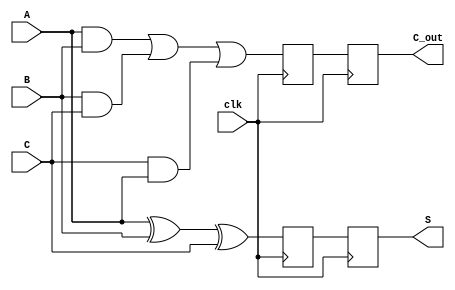
module Dynamic_Carry_Save_Adder (
    input wire [N-1:0] A,  // N-bit Input A
    input wire [N-1:0] B,  // N-bit Input B
    input wire [N-1:0] C,  // N-bit Input C
    input wire clk,        // Clock signal
    output reg [N-1:0] S,  // Sum output
    output reg [N-1:0] C_out // Carry output
);
    parameter N = 8; // Width of the inputs and outputs

    // Internal wires for dynamic logic
    wire [N-1:0] precharge_S;
    wire [N-1:0] precharge_C;

    // Dynamic logic for sum (S) and carry (C_out)
    // Precharge phase (evaluating AND gates)
    always @(posedge clk) begin
        // Precharge phase
        precharge_S <= A ^ B ^ C; // XOR for sum
        precharge_C <= (A & B) | (B & C) | (C & A); // OR for carry
        
        // Evaluate phase (registering the outputs)
        S <= precharge_S; // Assigning the sum output
        C_out <= precharge_C; // Assigning the carry output
    end

endmodule